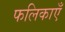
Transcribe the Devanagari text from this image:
फलिकाएँ